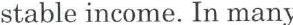
stable income. In many